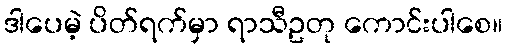
ဒါပေမဲ့ ပိတ်ရက်မှာ ရာသီဥတု ကောင်းပါစေ။